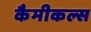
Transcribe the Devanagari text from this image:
कैमीकल्स